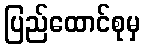
ပြည်ထောင်စုမှ